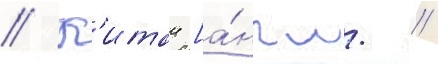
// К'итаи [а́нгл. //